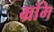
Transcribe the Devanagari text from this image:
म्रमि